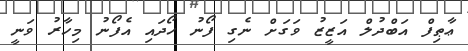
ޢާޠިފް އަބްދުލް އަޒީޒު ވަގަށް ނެގި ފޯނު ހޯދައި އެފޯނު މިހާރު ވަނީ